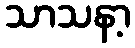
သာသနာ့